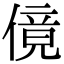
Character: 傹